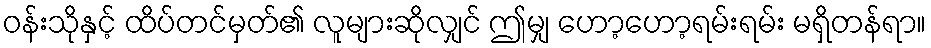
ဝန်းသိုနှင့် ထိပ်တင်မှတ်၏ လူများဆိုလျှင် ဤမျှ ဟော့ဟော့ရမ်းရမ်း မရှိတန်ရာ။